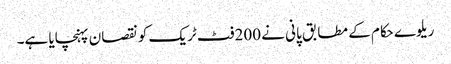
ریلوے حکام کے مطابق پانی نے 200فٹ ٹریک کو نقصان پہنچایا ہے۔